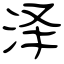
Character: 泽